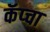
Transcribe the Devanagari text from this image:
कॅप्चा